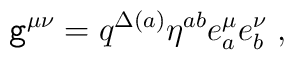
{\tt g}^{\mu \nu}= q^{\Delta(a)} \eta^{ab} e^{\mu}_a e^{\nu}_b  \;,